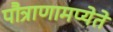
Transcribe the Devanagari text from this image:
पौत्राणामप्येते